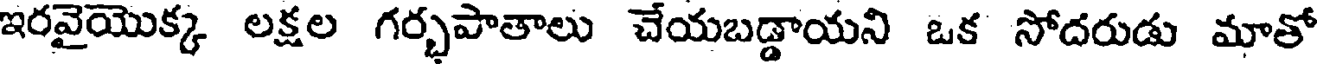
ఇరవైయొక్క లక్షల గర్భపాతాలు చేయబడ్డాయని ఒక సోదరుడు మాతో